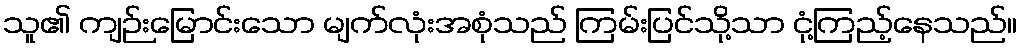
သူ၏ ကျဉ်းမြောင်းသော မျက်လုံးအစုံသည် ကြမ်းပြင်သို့သာ ငုံ့ကြည့်နေသည်။